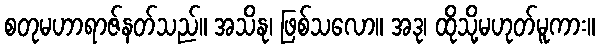
စတုမဟာရာဇ်နတ်သည်။ အသိနု၊ ဖြစ်သလော။ အဒု၊ ထိုသို့မဟုတ်မူကား။